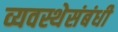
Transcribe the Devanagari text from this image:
व्यवस्थेसंबंधी